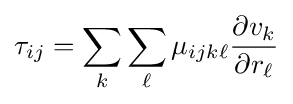
\tau _{ij}=\sum _{k}\sum _{\ell }\mu _{ijk\ell }{\frac {\partial v_{k}}{\partial r_{\ell }}}